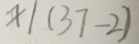
x \vert ( 3 7 - 2 )